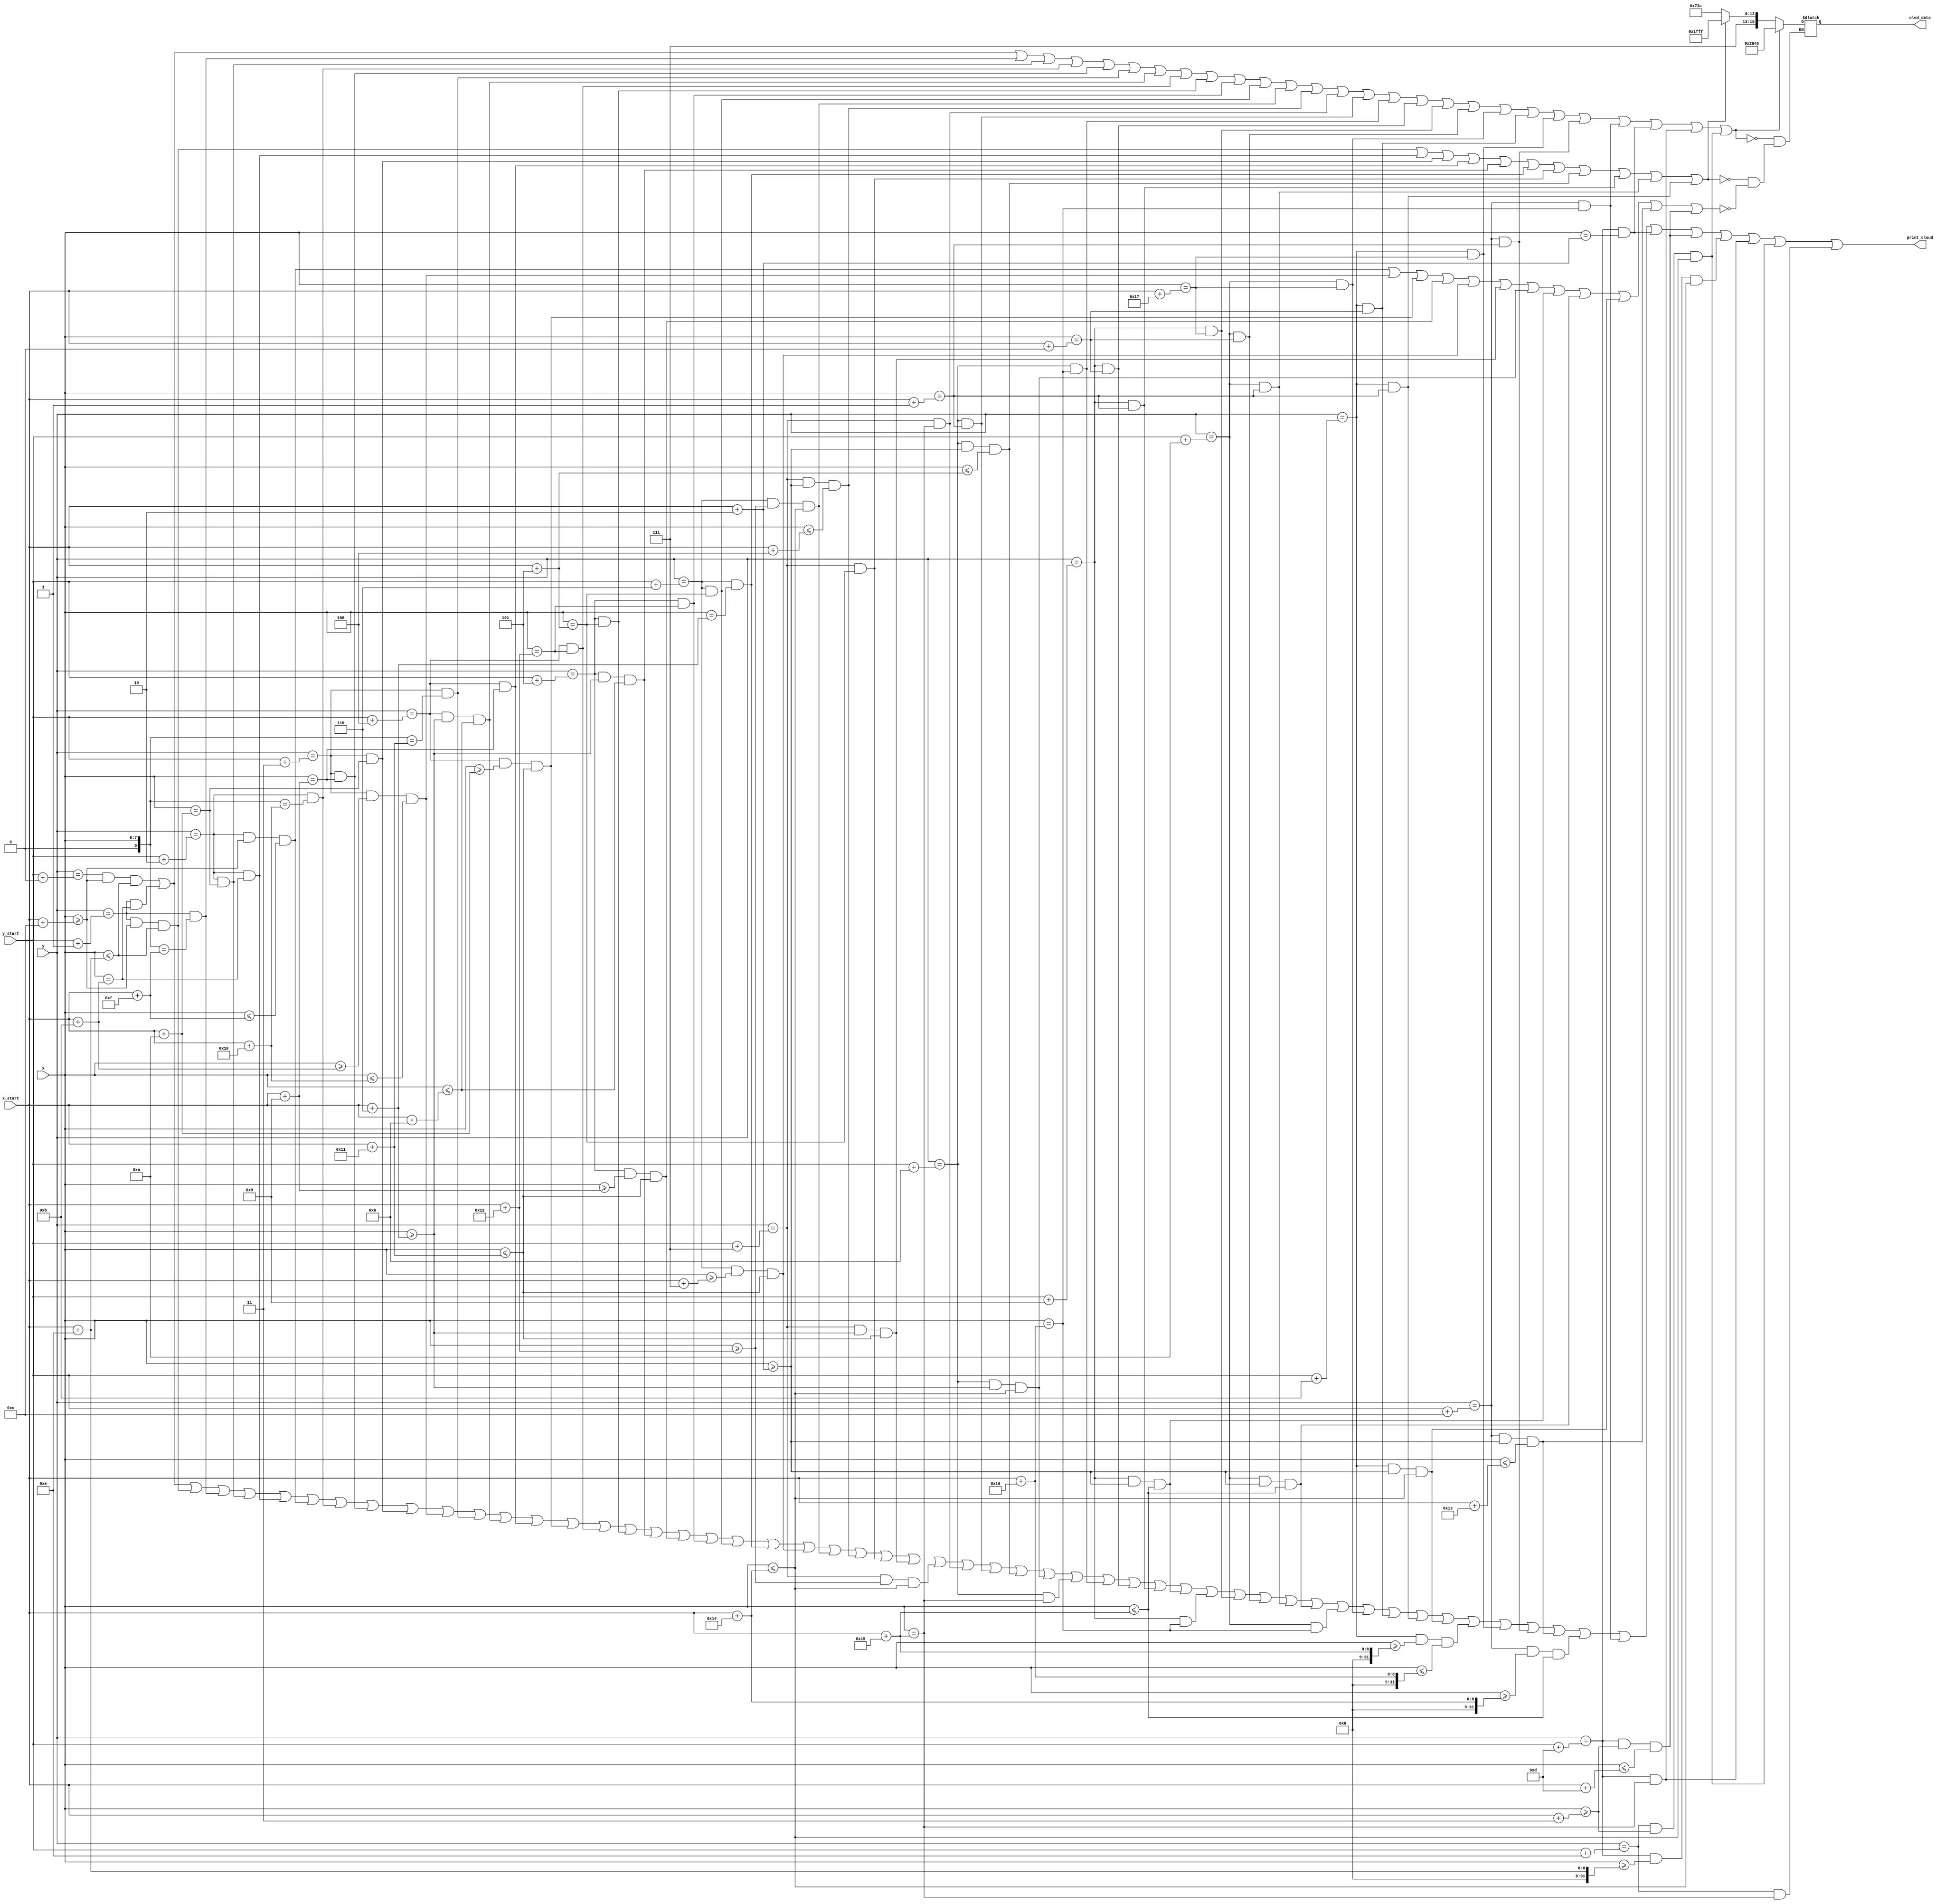
`timescale 1ns / 1ps
//////////////////////////////////////////////////////////////////////////////////
// Company: 
// Engineer: 
// 
// Design Name: 
// Module Name: print_cloud
// Project Name: 
// Target Devices: 
// Tool Versions: 
// Description: 
// 
// Dependencies: 
// 
// Revision:
// Revision 0.01 - File Created
// Additional Comments:
// 
//////////////////////////////////////////////////////////////////////////////////


module print_cloud(
	input [7:0]x, y, x_start, y_start,
	output print_cloud,
	output reg [15:0] oled_data
	);
	
	assign print_cloud = ((y == y_start + 0 && x >= x_start + 12 && x <= x_start + 14 ) ||
				(y == y_start + 1 && x == x_start + 11) ||
				(y == y_start + 1 && x >= x_start + 12 && x <= x_start + 14 ) ||
				(y == y_start + 1 && x == x_start + 15) ||
				(y == y_start + 2 && x == x_start + 10) ||
				(y == y_start + 2 && x == x_start + 11) ||
				(y == y_start + 2 && x >= x_start + 12 && x <= x_start + 15 ) ||
				(y == y_start + 2 && x == x_start + 16) ||
				(y == y_start + 3 && x == x_start + 9) ||
				(y == y_start + 3 && x == x_start + 10) ||
				(y == y_start + 3 && x >= x_start + 11 && x <= x_start + 16 ) ||
				(y == y_start + 3 && x == x_start + 17) ||
				(y == y_start + 4 && x >= x_start + 6 && x <= x_start + 8 ) ||
				(y == y_start + 4 && x == x_start + 9) ||
				(y == y_start + 4 && x >= x_start + 10 && x <= x_start + 17 ) ||
				(y == y_start + 4 && x == x_start + 18) ||
				(y == y_start + 5 && x == x_start + 5) ||
				(y == y_start + 5 && x >= x_start + 6 && x <= x_start + 8 ) ||
				(y == y_start + 5 && x >= x_start + 9 && x <= x_start + 17 ) ||
				(y == y_start + 5 && x == x_start + 18) ||
				(y == y_start + 6 && x == x_start + 5) ||
				(y == y_start + 6 && x == x_start + 6) ||
				(y == y_start + 6 && x >= x_start + 7 && x <= x_start + 17 ) ||
				(y == y_start + 6 && x >= x_start + 18 && x <= x_start + 20 ) ||
				(y == y_start + 7 && x >= x_start + 2 && x <= x_start + 4 ) ||
				(y == y_start + 7 && x == x_start + 5) ||
				(y == y_start + 7 && x >= x_start + 6 && x <= x_start + 17 ) ||
				(y == y_start + 7 && x >= x_start + 18 && x <= x_start + 20 ) ||
				(y == y_start + 7 && x == x_start + 21) ||
				(y == y_start + 8 && x == x_start + 1) ||
				(y == y_start + 8 && x >= x_start + 2 && x <= x_start + 5 ) ||
				(y == y_start + 8 && x >= x_start + 6 && x <= x_start + 20 ) ||
				(y == y_start + 8 && x == x_start + 21) ||
				(y == y_start + 8 && x == x_start + 22) ||
				(y == y_start + 9 && x == x_start + 0) ||
				(y == y_start + 9 && x == x_start + 1) ||
				(y == y_start + 9 && x >= x_start + 2 && x <= x_start + 21 ) ||
				(y == y_start + 9 && x == x_start + 22) ||
				(y == y_start + 9 && x == x_start + 23) ||
				(y == y_start + 10 && x == x_start + 0) ||
				(y == y_start + 10 && x == x_start + 1) ||
				(y == y_start + 10 && x >= x_start + 2 && x <= x_start + 21 ) ||
				(y == y_start + 10 && x == x_start + 22) ||
				(y == y_start + 10 && x == x_start + 23) ||
				(y == y_start + 11 && x == x_start + 0) ||
				(y == y_start + 11 && x == x_start + 1) ||
				(y == y_start + 11 && x >= x_start + 2 && x <= x_start + 20 ) ||
				(y == y_start + 11 && x >= x_start + 21 && x <= x_start + 22 ) ||
				(y == y_start + 11 && x == x_start + 23) ||
				(y == y_start + 12 && x == x_start + 1) ||
				(y == y_start + 12 && x >= x_start + 2 && x <= x_start + 19 ) ||
				(y == y_start + 12 && x >= x_start + 20 && x <= x_start + 21 ) ||
				(y == y_start + 12 && x == x_start + 22) ||
				(y == y_start + 13 && x == x_start + 2) ||
				(y == y_start + 13 && x >= x_start + 3 && x <= x_start + 13 ) ||
				(y == y_start + 13 && x >= x_start + 14 && x <= x_start + 20 ) ||
				(y == y_start + 13 && x == x_start + 21) ||
				(y == y_start + 14 && x >= x_start + 3 && x <= x_start + 20 ) ||
				(y == y_start + 14 && x == x_start + 21));
	
	
	always @ (*)
	begin
		if ((y == y_start + 0 && x >= x_start + 12 && x <= x_start + 14 ) ||
			(y == y_start + 1 && x == x_start + 11) ||
			(y == y_start + 1 && x == x_start + 15) ||
			(y == y_start + 2 && x == x_start + 10) ||
			(y == y_start + 2 && x == x_start + 16) ||
			(y == y_start + 3 && x == x_start + 9) ||
			(y == y_start + 3 && x == x_start + 17) ||
			(y == y_start + 4 && x >= x_start + 6 && x <= x_start + 8 ) ||
			(y == y_start + 4 && x == x_start + 18) ||
			(y == y_start + 5 && x == x_start + 5) ||
			(y == y_start + 5 && x == x_start + 18) ||
			(y == y_start + 6 && x == x_start + 5) ||
			(y == y_start + 6 && x >= x_start + 18 && x <= x_start + 20 ) ||
			(y == y_start + 7 && x >= x_start + 2 && x <= x_start + 4 ) ||
			(y == y_start + 7 && x == x_start + 21) ||
			(y == y_start + 8 && x == x_start + 1) ||
			(y == y_start + 8 && x == x_start + 22) ||
			(y == y_start + 9 && x == x_start + 0) ||
			(y == y_start + 9 && x == x_start + 23) ||
			(y == y_start + 10 && x == x_start + 0) ||
			(y == y_start + 10 && x == x_start + 23) ||
			(y == y_start + 11 && x == x_start + 0) ||
			(y == y_start + 11 && x == x_start + 23) ||
			(y == y_start + 12 && x == x_start + 1) ||
			(y == y_start + 12 && x == x_start + 22) ||
			(y == y_start + 13 && x == x_start + 2) ||
			(y == y_start + 13 && x == x_start + 21) ||
			(y == y_start + 14 && x >= x_start + 3 && x <= x_start + 20 )) oled_data <= 16'h2945;
			
		else if ((y == y_start + 1 && x >= x_start + 12 && x <= x_start + 14 ) ||
				(y == y_start + 2 && x == x_start + 11) ||
				(y == y_start + 3 && x == x_start + 10) ||
				(y == y_start + 4 && x == x_start + 9) ||
				(y == y_start + 5 && x >= x_start + 6 && x <= x_start + 8 ) ||
				(y == y_start + 6 && x == x_start + 6) ||
				(y == y_start + 7 && x == x_start + 5) ||
				(y == y_start + 8 && x >= x_start + 2 && x <= x_start + 5 ) ||
				(y == y_start + 9 && x == x_start + 1) ||
				(y == y_start + 10 && x == x_start + 1) ||
				(y == y_start + 11 && x == x_start + 1)) oled_data <= 16'hffff;
				
		else if ((y == y_start + 2 && x >= x_start + 12 && x <= x_start + 15 ) ||
				(y == y_start + 3 && x >= x_start + 11 && x <= x_start + 16 ) ||
				(y == y_start + 4 && x >= x_start + 10 && x <= x_start + 17 ) ||
				(y == y_start + 5 && x >= x_start + 9 && x <= x_start + 17 ) ||
				(y == y_start + 6 && x >= x_start + 7 && x <= x_start + 17 ) ||
				(y == y_start + 7 && x >= x_start + 6 && x <= x_start + 17 ) ||
				(y == y_start + 8 && x >= x_start + 6 && x <= x_start + 20 ) ||
				(y == y_start + 9 && x >= x_start + 2 && x <= x_start + 21 ) ||
				(y == y_start + 10 && x >= x_start + 2 && x <= x_start + 21 ) ||
				(y == y_start + 11 && x >= x_start + 2 && x <= x_start + 20 ) ||
				(y == y_start + 12 && x >= x_start + 2 && x <= x_start + 19 ) ||
				(y == y_start + 13 && x >= x_start + 3 && x <= x_start + 13 )) oled_data <= 16'he73c;
	
	end
	
endmodule